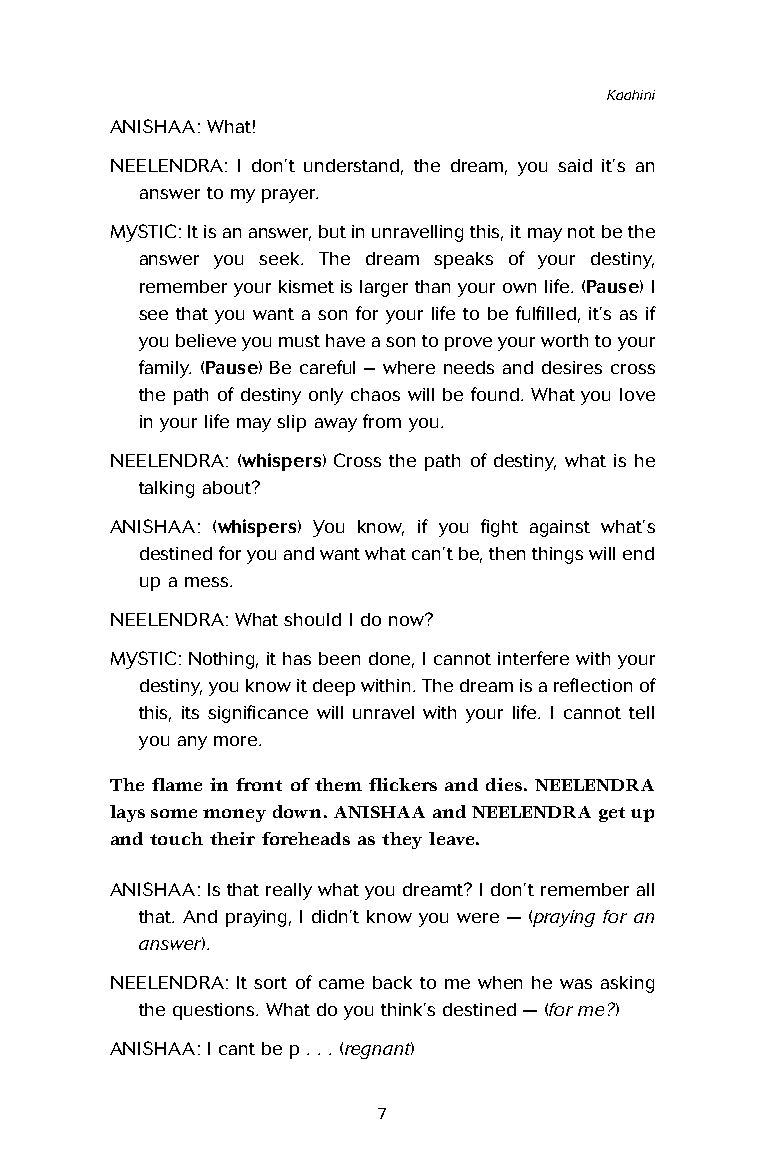
Kaahini
 ANISHAA: What!
 NEELENDRA: I don’t understand, the dream, you said it’s an
 answer to my prayer.
 MYSTIC: It is an answer, but in unravelling this, it may not be the
 answer you seek. The dream speaks of your destiny,
 remember your kismet is larger than your own life. (Pause) I
 see that you want a son for your life to be fulfilled, it’s as if
 you believe you must have a son to prove your worth to your
 family. (Pause) Be careful – where needs and desires cross
 the path of destiny only chaos will be found. What you love
 in your life may slip away from you.
 NEELENDRA: (whispers) Cross the path of destiny, what is he
 talking about?
 ANISHAA: (whispers) You know, if you fight against what’s
 destined for you and want what can’t be, then things will end
 up a mess.
 NEELENDRA: What should I do now?
 MYSTIC: Nothing, it has been done, I cannot interfere with your
 destiny, you know it deep within. The dream is a reflection of
 this, its significance will unravel with your life. I cannot tell
 you any more.
 The flame in front of them flickers and dies. NEELENDRA
 lays some money down. ANISHAA and NEELENDRA get up
 and touch their foreheads as they leave.
 ANISHAA: Is that really what you dreamt? I don’t remember all
 that. And praying, I didn’t know you were — (praying for an
 answer).
 NEELENDRA: It sort of came back to me when he was asking
 the questions. What do you think’s destined — (for me?)
 ANISHAA: I cant be p . . . (regnant)
 7